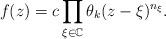
LaTeX: \begin{gather*}f(z)=c \prod\limits_{\xi \in \mathbb C} \theta_{k}(z-\xi)^{n_{\xi}}.\end{gather*}